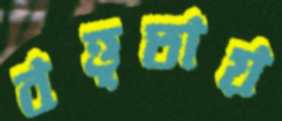
বত্তৃতায়